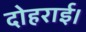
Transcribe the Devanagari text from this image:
दोहराई।